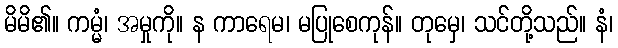
မိမိ၏။ ကမ္မံ၊ အမှုကို။ န ကာရေမ၊ မပြုစေကုန်။ တုမှေ၊ သင်တို့သည်။ နံ၊